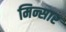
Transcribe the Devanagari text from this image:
मिन्सार